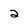
Character: 2